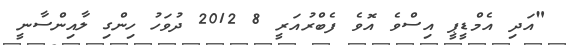
"އަދި އެމްޑީޕީ އިސްވެ އޮވެ ފެބްރުއަރީ 8 2012 ދުވަހު ހިންގި ލާއިންސާނީ